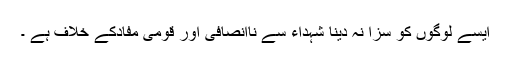
ایسے لوگوں کو سزا نہ دینا شہداء سے ناانصافی اور قومی مفادکے خلاف ہے ۔